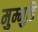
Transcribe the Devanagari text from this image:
मुम्मुडि